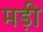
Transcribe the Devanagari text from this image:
मड़ी